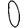
Digit: 0